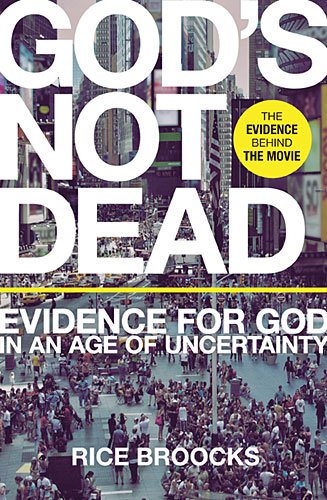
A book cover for God's Not Dead: Evidence for God in an Age of Uncertainty; Rice Broocks; Christian Books & Bibles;